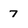
Character: 7